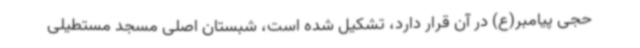
حجی پیامبر(ع) در آن قرار دارد، تشکیل شده است، شبستان اصلی مسجد مستطیلی